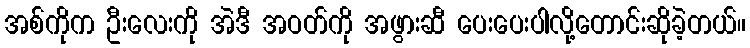
အစ်ကိုက ဦးလေးကို အဲဒီ အဝတ်ကို အဖွားဆီ ပေးပေးပါလို့တောင်းဆိုခဲ့တယ်။